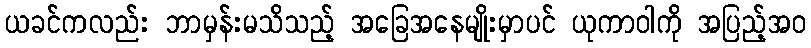
ယခင်ကလည်း ဘာမှန်းမသိသည့် အခြေအနေမျိုးမှာပင် ယုကာဝါကို အပြည့်အဝ